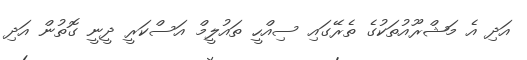
އަދި އެ މަޝްރޫއުތަކުގެ ތެރޭގައި ސިއްހީ ތައުލީމް އަސްކަރީ ދީނީ ގޮތުން އަދި